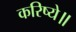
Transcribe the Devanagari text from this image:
करिष्ये॥